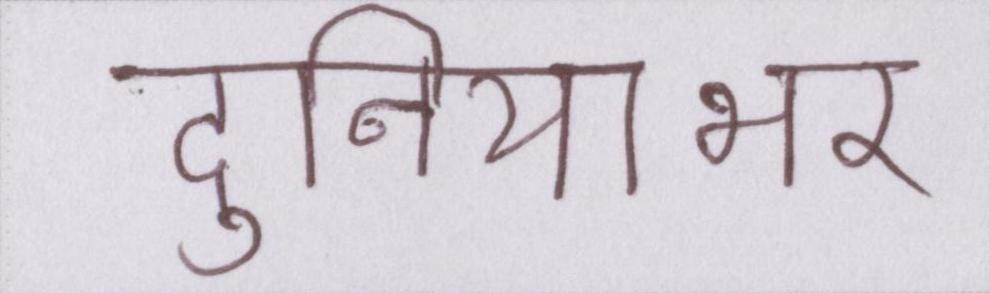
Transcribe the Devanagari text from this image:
दुनियाभर